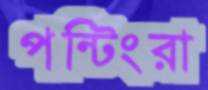
পন্টিংরা